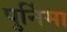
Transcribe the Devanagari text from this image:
पुर्निमा